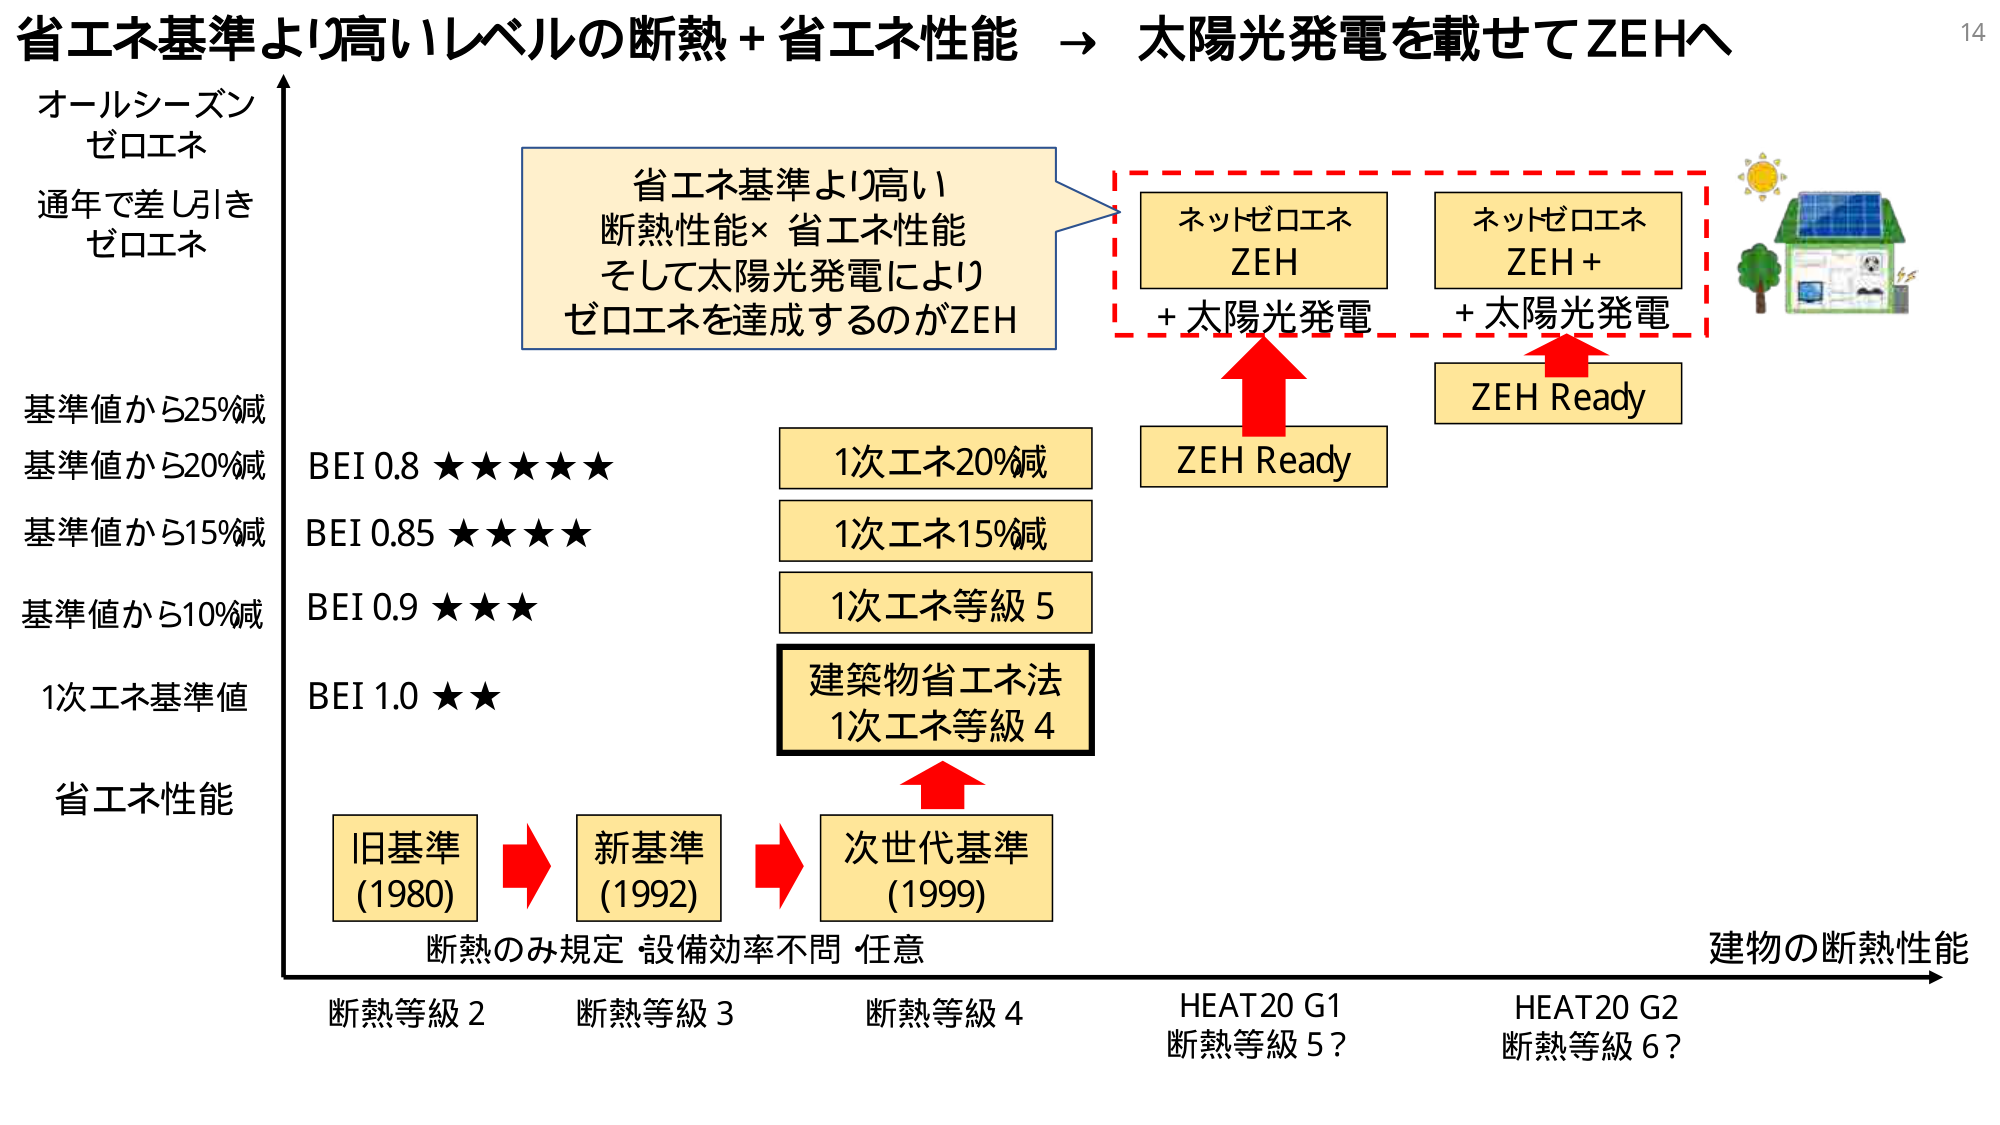
省エネ基準より高いレベルの断熱＋省エネ性能 → 太陽光発電を載せてZEHへ

オールシーズン
ゼロエネ
通年で差し引き
ゼロエネ

省エネ基準より高い
断熱性能×省エネ性能
そして太陽光発電により
ゼロエネを達成するのがZEH

ネットゼロエネ
ZEH
+太陽光発電

ネットゼロエネ
ZEH+
+太陽光発電

ZEH Ready

基準値から25%減
基準値から20%減 BEI 0.8 ★★★★★
基準値から15%減 BEI 0.85 ★★★★
基準値から10%減 BEI 0.9 ★★★
1次エネ基準値 BEI 1.0 ★★

1次エネ20%減
1次エネ15%減
1次エネ等級5

建築物省エネ法
1次エネ等級4

旧基準
(1980)

新基準
(1992)

次世代基準
(1999)

断熱のみ規定 設備効率不問 任意

断熱等級2
断熱等級3
断熱等級4
HEAT20 G1
断熱等級5？
HEAT20 G2
断熱等級6？

建物の断熱性能

省エネ性能

14